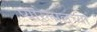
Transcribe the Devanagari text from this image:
प्यारेलालच्या